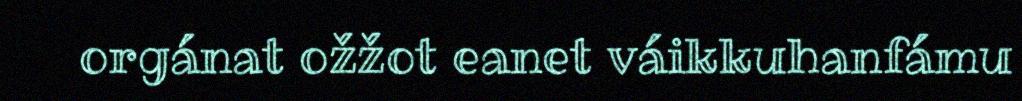
orgánat ožžot eanet váikkuhanfámu